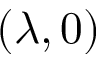
( \lambda , 0 )